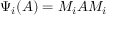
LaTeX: \; \Psi _ { i } ( A ) = M _ { i } A M _ { i }